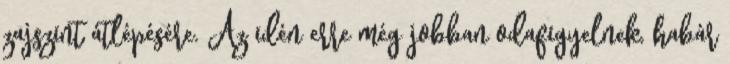
zajszint átlépésére. Az idén erre még jobban odafigyelnek, habár